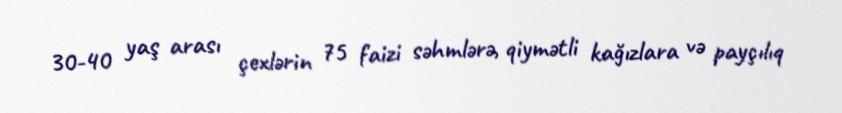
30-40 yaş arası çexlərin 75 faizi səhmlərə, qiymətli kağızlara və payçılıq